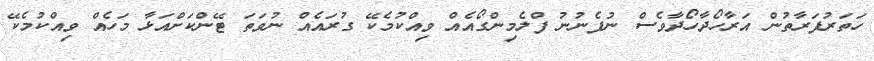
ހަތަރުފަރާތުން އަރާހޯދާހޯދާވެސް ނުފެނުނު ފްލެމިންގޯއެއް ވިއްކުމެކޭ ގުރައެއް ނުވަތަ ޓޭންކަށްއަޅާ މަހެއް ވިއްކުމެކޭ